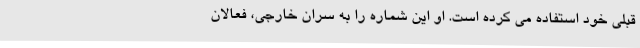
قبلی خود استفاده می کرده است. او این شماره را به سران خارجی، فعالان